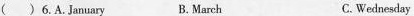
( )6.A. January B.March C.Wednesday